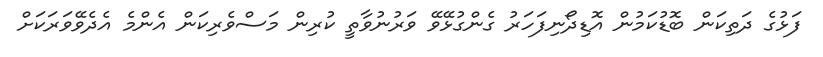
ފަޅުގެ ދަތިކަން ބޮޑުކަމުން އޮޑިދޯނިފަހަރު ގެންގުޅޭވޭ ވަރުނުވާތީ ކުރިން މަސްވެރިކަން އެންމެ އެދެވޭވަރަކަށް